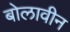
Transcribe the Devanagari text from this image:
बोलावीन